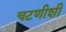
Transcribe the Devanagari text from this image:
चटणीशी